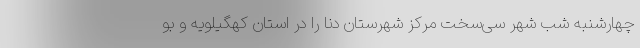
چهارشنبه شب شهر سی‌سخت مرکز شهرستان دنا را در استان کهگیلویه و بو